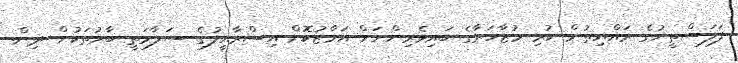
ފަލަސްތީނުގެ ރައްޔިތުން ކުރި މުޒާހަރާގެ ބައިވެރިންނަށް އަމާޒުކޮށް އިސްރާއީލުގެ ސަލާމަތީ ބާރުތަކުން ދިން